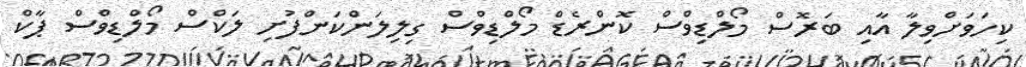
ކިހަވަށްވިލާ އާއި ބަރޮސް މޯލްޑިވްސް ކޮންރެޑް މޯލްޑިވްސް ގިލިލަންކަންފުށި ލަކްސް މޯލްޑިވްސް ޕާކް